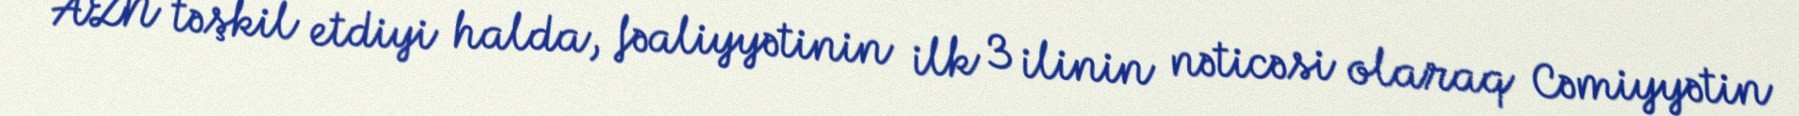
AZN təşkil etdiyi halda, fəaliyyətinin ilk 3 ilinin nəticəsi olaraq Cəmiyyətin